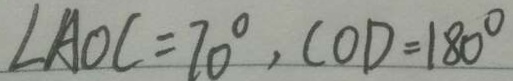
\angle A O C = 7 0 ^ { \circ } , C O D = 1 8 0 ^ { \circ }